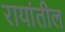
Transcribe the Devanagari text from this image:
रायांतील